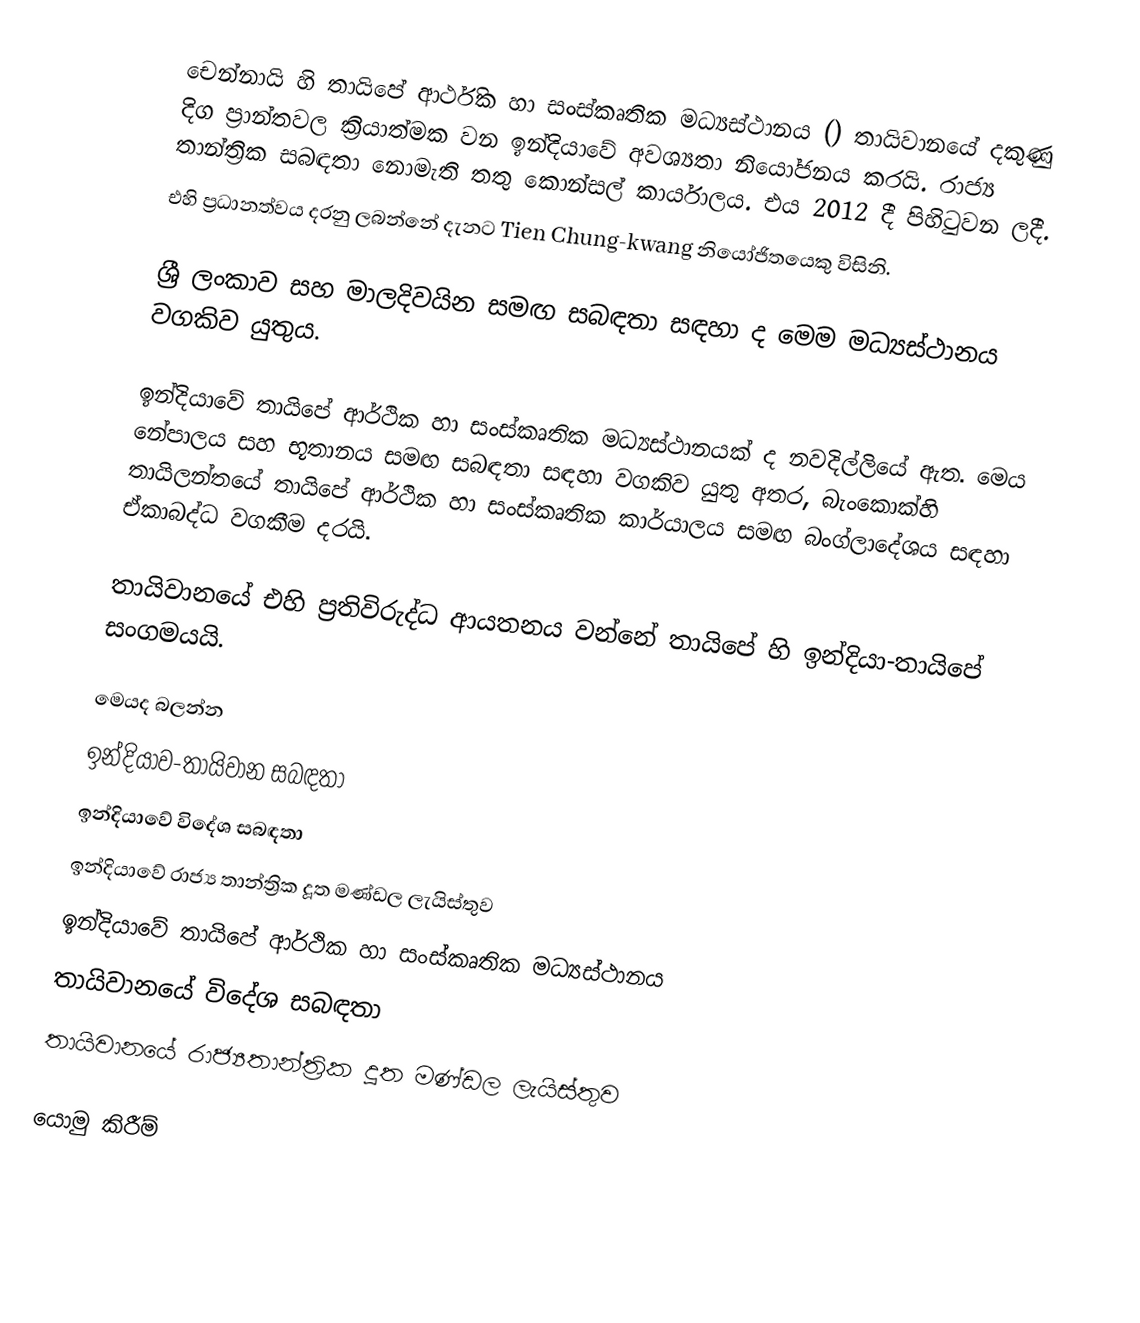
චෙන්නායි හි තායිපේ ආර්ථික හා සංස්කෘතික මධ්‍යස්ථානය () තායිවානයේ දකුණු දිග ප්‍රාන්තවල ක්‍රියාත්මක වන ඉන්දියාවේ අවශ්‍යතා නියෝජනය කරයි. රාජ්‍ය තාන්ත්‍රික සබඳතා නොමැති තතු කොන්සල් කාර්යාලය. එය 2012 දී පිහිටුවන ලදී.
එහි ප්‍රධානත්වය දරනු ලබන්නේ දැනට Tien Chung-kwang නියෝජිතයෙකු විසිනි.

ශ්‍රී ලංකාව සහ මාලදිවයින සමඟ සබඳතා සඳහා ද මෙම මධ්‍යස්ථානය වගකිව යුතුය.

ඉන්දියාවේ තායිපේ ආර්ථික හා සංස්කෘතික මධ්‍යස්ථානයක් ද නවදිල්ලියේ ඇත. මෙය නේපාලය සහ භූතානය සමඟ සබඳතා සඳහා වගකිව යුතු අතර, බැංකොක්හි තායිලන්තයේ තායිපේ ආර්ථික හා සංස්කෘතික කාර්යාලය සමඟ බංග්ලාදේශය සඳහා ඒකාබද්ධ වගකීම දරයි.

තායිවානයේ එහි ප්‍රතිවිරුද්ධ ආයතනය වන්නේ තායිපේ හි ඉන්දියා-තායිපේ සංගමයයි.

මෙයද බලන්න
 ඉන්දියාව-තායිවාන සබඳතා
 ඉන්දියාවේ විදේශ සබඳතා
 ඉන්දියාවේ රාජ්‍ය තාන්ත්‍රික දූත මණ්ඩල ලැයිස්තුව
 ඉන්දියාවේ තායිපේ ආර්ථික හා සංස්කෘතික මධ්‍යස්ථානය
 තායිවානයේ විදේශ සබඳතා
 තායිවානයේ රාජ්‍යතාන්ත්‍රික දූත මණ්ඩල ලැයිස්තුව

යොමු කිරීම්